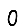
Digit: 0